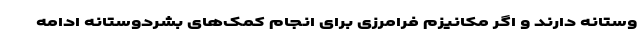
وستانه دارند و اگر مکانیزم فرامرزی برای انجام کمک‌های بشردوستانه ادامه